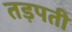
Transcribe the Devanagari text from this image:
तड़पती